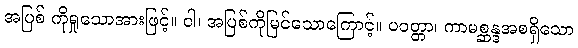
အပြစ် ကိုရှုသောအားဖြင့်။ ဝါ၊ အပြစ်ကိုမြင်သောကြောင့်။ ပဝတ္တာ၊ ကာမစ္ဆန္ဒအစရှိသော